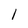
Character: 1